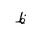
Letter: _za